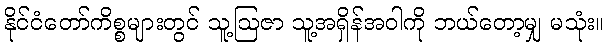
နိုင်ငံတော်ကိစ္စများတွင် သူ့ဩဇာ သူ့အရှိန်အဝါကို ဘယ်တော့မျှ မသုံး။